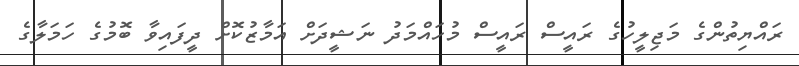
ރައްޔިތުންގެ މަޖިލީހުގެ ރައީސް ރައީސް މުހައްމަދު ނަޝީދަށް އަމާޒުކޮށް ދީފައިވާ ބޮމުގެ ހަމަލާގެ